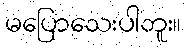
မပြောသေးပါဘူး။